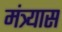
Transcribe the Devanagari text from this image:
मंत्र्यास